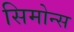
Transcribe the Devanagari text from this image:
सिमोन्स